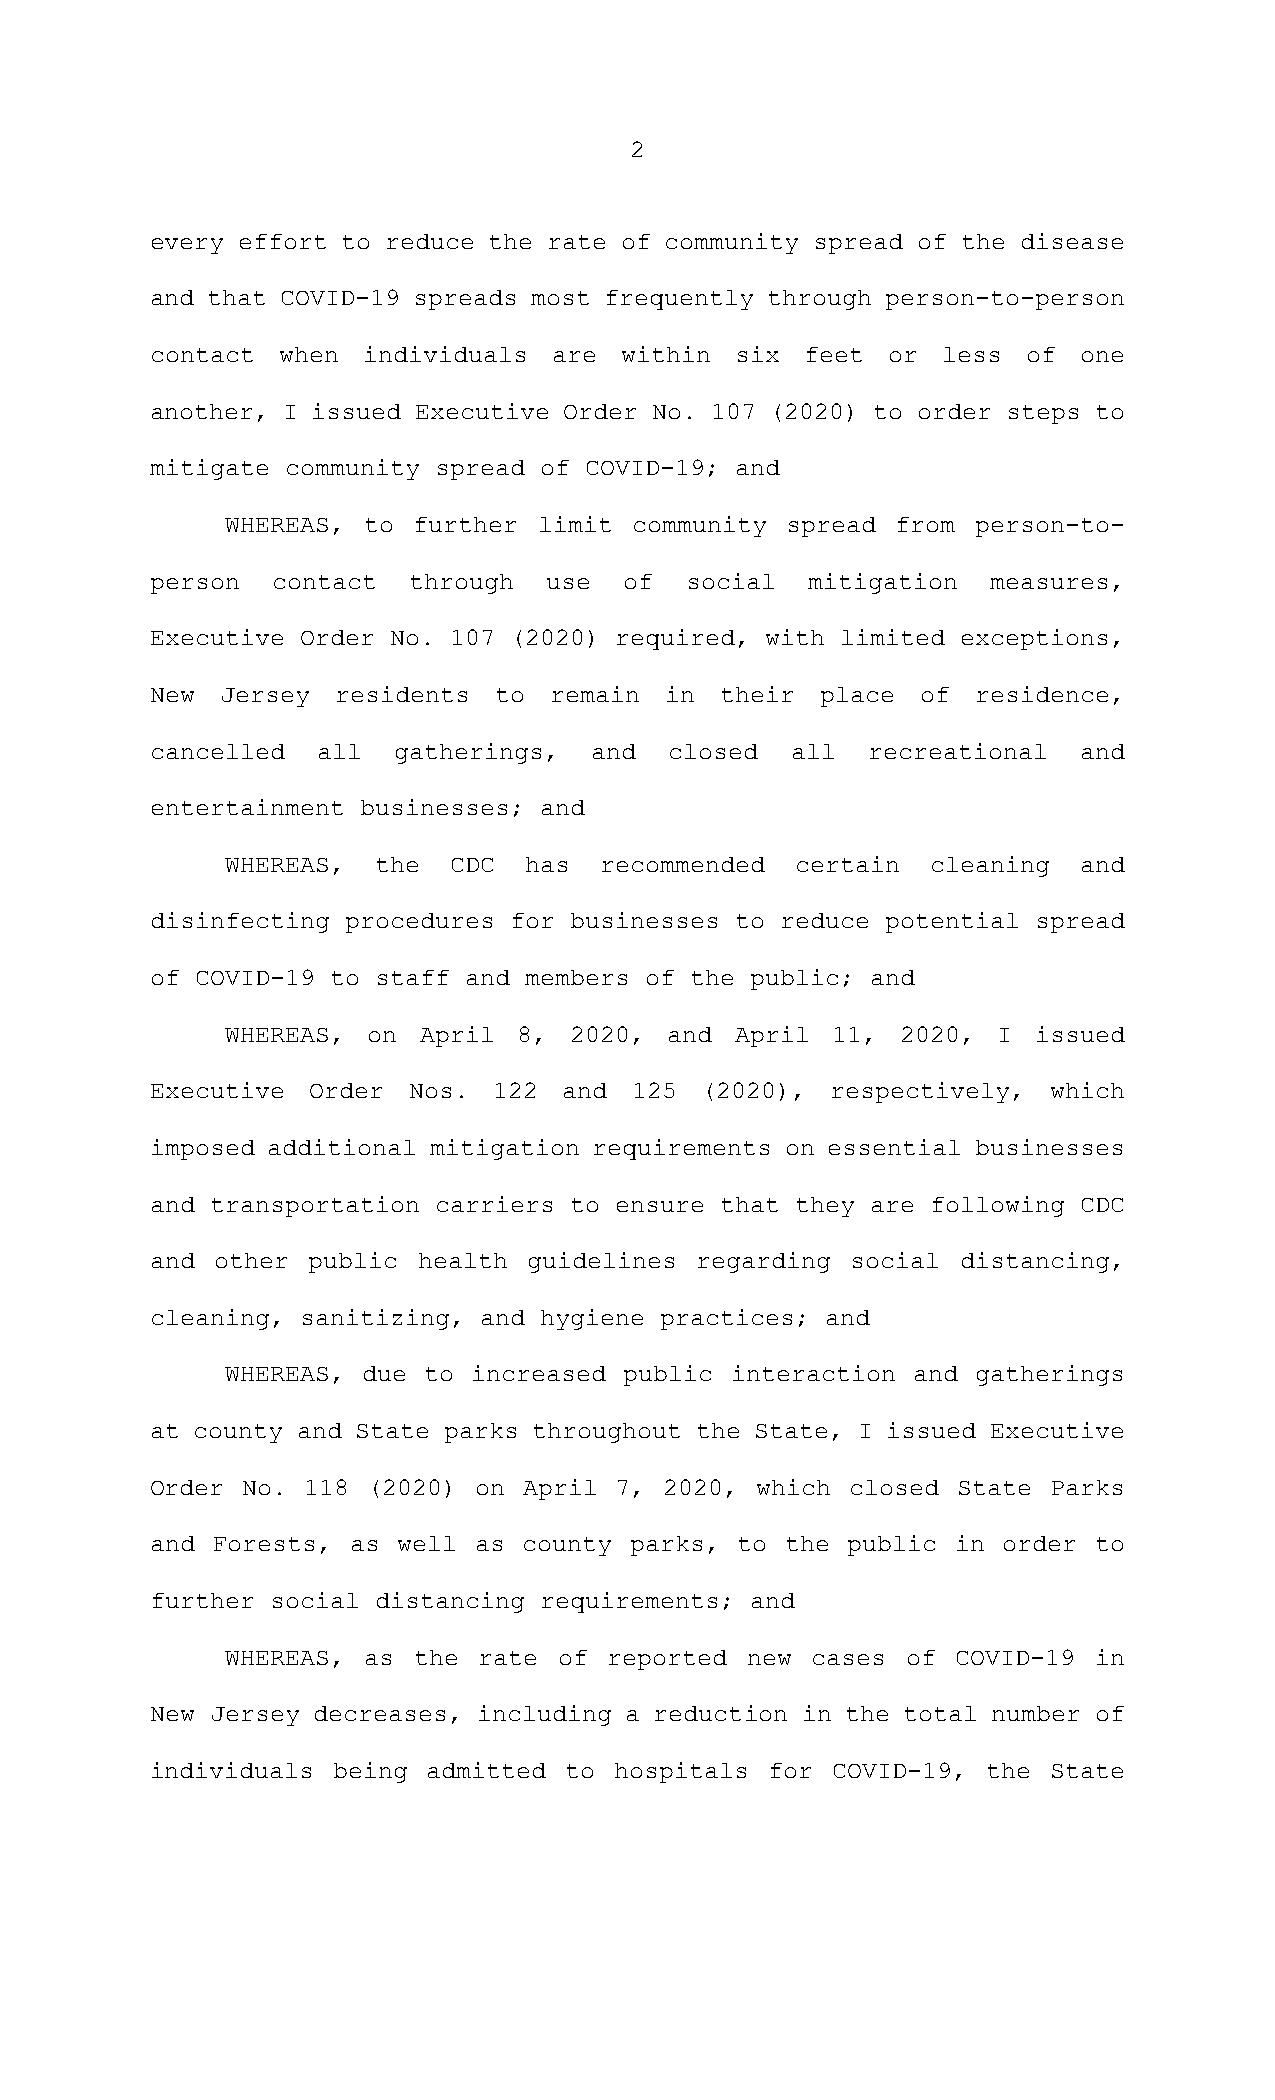
2
 every effort to reduce the rate of community spread of the disease
 and that COVID-19 spreads most frequently through person-to-person
 contact when  individuals  are within  six feet  or less  of one
 another, I issued Executive Order No. 107 (2020) to order steps to
 mitigate community spread of COVID-19; and
 WHEREAS, to further  limit community spread from  person-to-
 person  contact  through  use  of  social  mitigation   measures,
 Executive Order No. 107 (2020) required, with limited exceptions,
 New  Jersey residents  to remain  in  their place  of  residence,
 cancelled  all  gatherings,  and  closed  all  recreational  and
 entertainment businesses; and
 WHEREAS,  the  CDC  has  recommended  certain  cleaning and
 disinfecting procedures for businesses to reduce potential spread
 of COVID-19 to staff and members of the public; and
 WHEREAS, on  April 8,  2020, and  April 11,  2020, I  issued
 Executive Order  Nos.  122 and  125 (2020),  respectively,  which
 imposed additional mitigation requirements on essential businesses
 and transportation carriers to ensure that they are following CDC
 and other public  health guidelines regarding social  distancing,
 cleaning, sanitizing, and hygiene practices; and
 WHEREAS, due to increased public interaction and  gatherings
 at county and State parks throughout the State, I issued Executive
 Order No. 118 (2020)  on April 7, 2020, which closed State Parks
 and Forests, as well as  county parks, to the public in order to
 further social distancing requirements; and
 WHEREAS, as the  rate of reported new  cases of COVID-19 in
 New Jersey decreases, including a reduction in the total number of
 individuals being admitted to  hospitals for COVID-19, the State